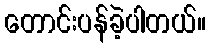
တောင်းပန်ခဲ့ပါတယ်။